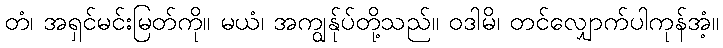
တံ၊ အရှင်မင်းမြတ်ကို။ မယံ၊ အကျွန်ုပ်တို့သည်။ ဝဒါမိ၊ တင်လျှောက်ပါကုန်အံ့။